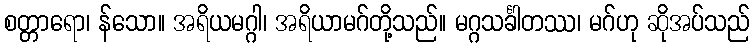
စတ္တာရော၊ န်သော။ အရိယမဂ္ဂါ၊ အရိယာမဂ်တို့သည်။ မဂ္ဂသင်္ခါတဿ၊ မဂ်ဟု ဆိုအပ်သည်